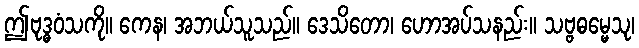
ဤဗုဒ္ဓဝံသကို။ ကေန၊ အဘယ်သူသည်။ ဒေသိတော၊ ဟောအပ်သနည်း။ သဗ္ဗဓမ္မေသု၊